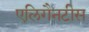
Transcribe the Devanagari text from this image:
एलिगैनटीस